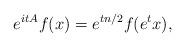
LaTeX: \begin{align*}e^{itA}f(x)=e^{tn/2}f(e^{t}x),\end{align*}